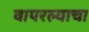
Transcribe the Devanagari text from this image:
वापरल्याचा